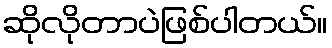
ဆိုလိုတာပဲဖြစ်ပါတယ်။